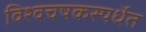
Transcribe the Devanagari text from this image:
विश्वचषकस्पर्धेत